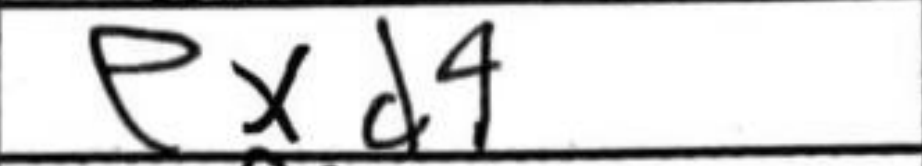
Transcription: exd4